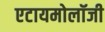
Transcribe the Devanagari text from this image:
एटायमोलॉजी